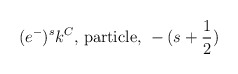
\begin{align*}(e^-)^s k^C \mbox{, particle, } -(s+\frac{1}{2})\end{align*}